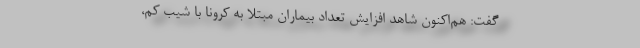
گفت: هم‌اکنون شاهد افزایش تعداد بیماران مبتلا به کرونا با شیب کم،